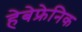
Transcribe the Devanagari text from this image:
हेबेफ्रेनिक